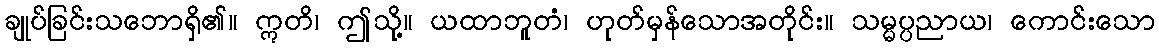
ချုပ်ခြင်းသဘောရှိ၏။ ဣတိ၊ ဤသို့။ ယထာဘူတံ၊ ဟုတ်မှန်သောအတိုင်း။ သမ္မပ္ပညာယ၊ ကောင်းသော